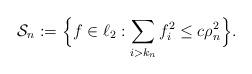
LaTeX: \begin{align*} \mathcal{S}_n := \Bigl\{f\in\ell_2: \sum_{i>k_n} f_i^2 \leq c\rho_n^2\Bigr\}.\end{align*}